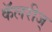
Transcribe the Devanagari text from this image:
कॅलरीज्‌